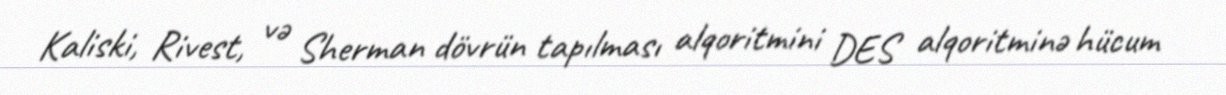
Kaliski, Rivest, və Sherman dövrün tapılması alqoritmini DES alqoritminə hücum